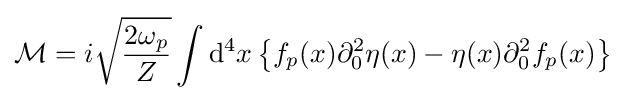
{\mathcal {M}}=i{\sqrt {\frac {2\omega _{p}}{Z}}}\int \mathrm {d} ^{4}x\left\{f_{p}(x)\partial _{0}^{2}\eta (x)-\eta (x)\partial _{0}^{2}f_{p}(x)\right\}